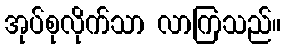
အုပ်စုလိုက်သာ လာကြသည်။